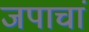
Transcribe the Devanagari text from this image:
जपाचां